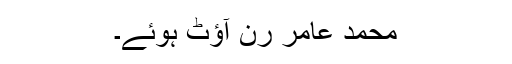
محمد عامر رَن آؤٹ ہوئے۔